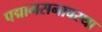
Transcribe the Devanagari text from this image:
पद्मामसनावस्था